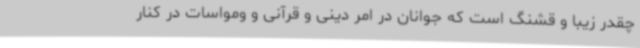
چقدر زیبا و قشنگ است که جوانان در امر دینی و قرآنی و ومواسات در کنار